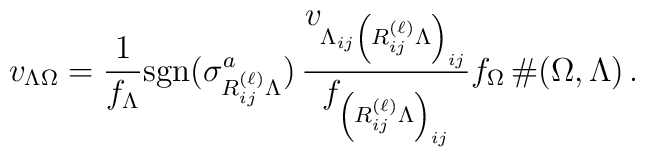
v_{\Lambda \Omega}= \frac{1}{f_{\Lambda}} {\rm{sgn}}(\sigma_{R_{ij}^{(\ell)}\Lambda}^a) \, \frac{v_{\Lambda_{ij} \left(R_{ij}^{(\ell)}\Lambda \right)_{ij}}} {f_{\left(R_{ij}^{(\ell)} \Lambda\right)_{ij}}}    f_{\Omega} \, \#(\Omega,\Lambda) \, .